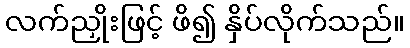
လက်ညှိုးဖြင့် ဖိ၍ နှိပ်လိုက်သည်။